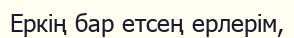
Еркің бар етсең ерлерім,